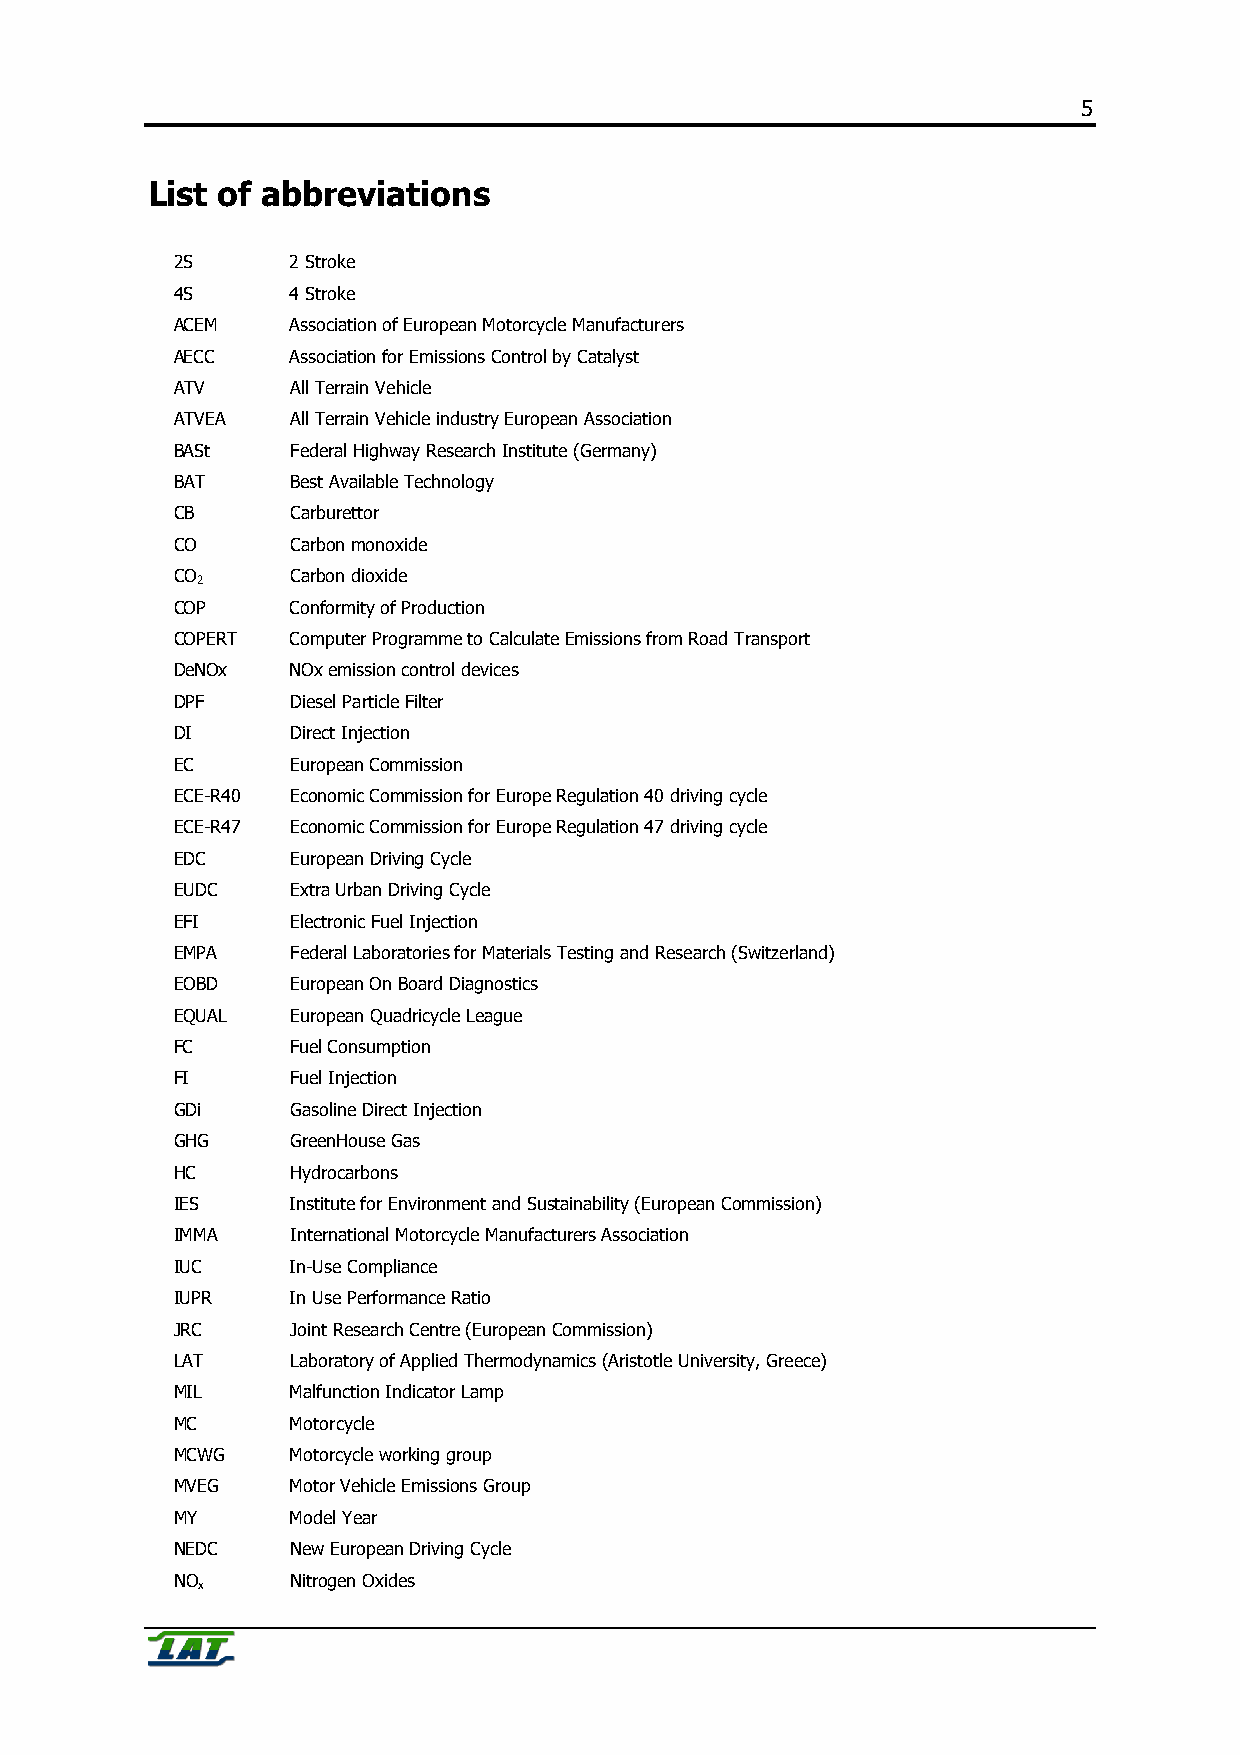
5
 List of abbreviations
 2S     2 Stroke
 4S     4 Stroke
 ACEM   Association of European Motorcycle Manufacturers
 AECC   Association for Emissions Control by Catalyst
 ATV    All Terrain Vehicle
 ATVEA  All Terrain Vehicle industry European Association
 BASt   Federal Highway Research Institute (Germany)
 BAT    Best Available Technology
 CB     Carburettor
 CO     Carbon monoxide
 CO     Carbon dioxide
 2
 COP    Conformity of Production
 COPERT Computer Programme to Calculate Emissions from Road Transport
 DeNOx  NOx emission control devices
 DPF    Diesel Particle Filter
 DI     Direct Injection
 EC     European Commission
 ECE-R40 Economic Commission for Europe Regulation 40 driving cycle
 ECE-R47 Economic Commission for Europe Regulation 47 driving cycle
 EDC    European Driving Cycle
 EUDC   Extra Urban Driving Cycle
 EFI    Electronic Fuel Injection
 EMPA   Federal Laboratories for Materials Testing and Research (Switzerland)
 EOBD   European On Board Diagnostics
 EQUAL  European Quadricycle League
 FC     Fuel Consumption
 FI     Fuel Injection
 GDi    Gasoline Direct Injection
 GHG    GreenHouse Gas
 HC     Hydrocarbons
 IES    Institute for Environment and Sustainability (European Commission)
 IMMA   International Motorcycle Manufacturers Association
 IUC    In-Use Compliance
 IUPR   In Use Performance Ratio
 JRC    Joint Research Centre (European Commission)
 LAT    Laboratory of Applied Thermodynamics (Aristotle University, Greece)
 MIL    Malfunction Indicator Lamp
 MC     Motorcycle
 MCWG   Motorcycle working group
 MVEG   Motor Vehicle Emissions Group
 MY     Model Year
 NEDC   New European Driving Cycle
 NO     Nitrogen Oxides
 x